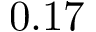
0 . 1 7